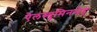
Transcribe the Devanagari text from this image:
ऐलब्युमिनमेह